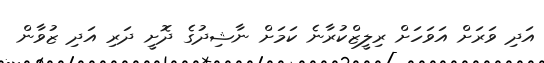
އަދި ވަރަށް އަވަހަށް ރިލީޒްކުރާނެ ކަމަށް ނާޝިދުގެ ދޮށީ ދަރި އަދި ޒުވާން